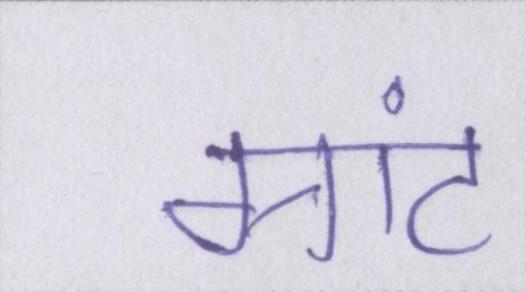
ग्रांट